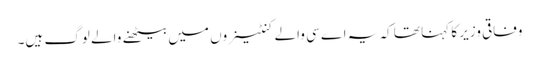
وفاقی وزیر کا کہنا تھا کہ یہ اے سی والے کنٹینروں میں بیٹھنے والے لوگ ہیں۔